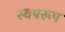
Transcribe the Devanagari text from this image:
स्वपरूप